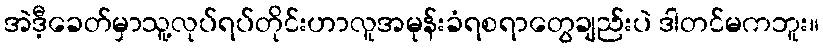
အဲဒီ့ခေတ်မှာသူ့လုပ်ရပ်တိုင်းဟာလူအမုန်းခံရစရာတွေချည်းပဲ ဒါတင်မကဘူး။